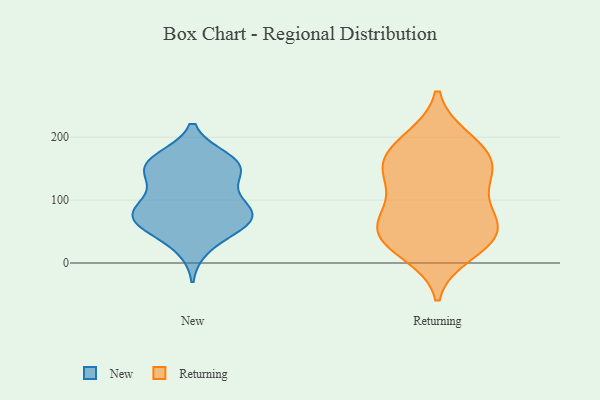
{"axis": {"x": "Bounce Rate (%)", "y": "Value"}, "legend": ["New", "Returning"], "data": [{"x": "", "y": 75, "type": "New"}, {"x": "", "y": 84, "type": "New"}, {"x": "", "y": 64, "type": "New"}, {"x": "", "y": 114, "type": "New"}, {"x": "", "y": 53, "type": "New"}, {"x": "", "y": 143, "type": "New"}, {"x": "", "y": 165, "type": "New"}, {"x": "", "y": 81, "type": "New"}, {"x": "", "y": 70, "type": "New"}, {"x": "", "y": 96, "type": "New"}, {"x": "", "y": 166, "type": "New"}, {"x": "", "y": 67, "type": "New"}, {"x": "", "y": 153, "type": "New"}, {"x": "", "y": 150, "type": "New"}, {"x": "", "y": 151, "type": "New"}, {"x": "", "y": 25, "type": "New"}, {"x": "", "y": 197, "type": "Returning"}, {"x": "", "y": 158, "type": "Returning"}, {"x": "", "y": 144, "type": "Returning"}, {"x": "", "y": 15, "type": "Returning"}, {"x": "", "y": 81, "type": "Returning"}, {"x": "", "y": 95, "type": "Returning"}, {"x": "", "y": 29, "type": "Returning"}, {"x": "", "y": 124, "type": "Returning"}, {"x": "", "y": 173, "type": "Returning"}, {"x": "", "y": 55, "type": "Returning"}, {"x": "", "y": 198, "type": "Returning"}, {"x": "", "y": 56, "type": "Returning"}, {"x": "", "y": 159, "type": "Returning"}, {"x": "", "y": 148, "type": "Returning"}, {"x": "", "y": 30, "type": "Returning"}, {"x": "", "y": 51, "type": "Returning"}, {"x": "", "y": 58, "type": "Returning"}]}